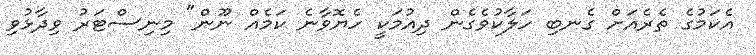
އެކަމުގެ ތެރެއަށް ގެނބި ހަލާކުވެގެން ދިއުމަކީ ހެޔޮވާނެ ކަމެއް ނޫން" މިނިސްޓަރު ވިދާޅުވި